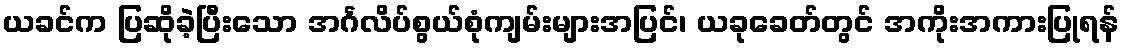
ယခင်က ပြဆိုခဲ့ပြီးသော အင်္ဂလိပ်စွယ်စုံကျမ်းများအပြင်၊ ယခုခေတ်တွင် အကိုးအကားပြုရန်